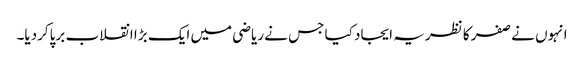
انہوں نے صفر کا نظریہ ایجاد کیا جس نے ریاضی میں ایک بڑا انقلاب برپاکردیا۔